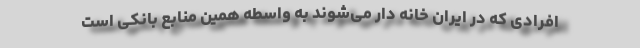
افرادی که در ایران خانه دار می‌شوند به واسطه همین منابع بانکی است